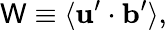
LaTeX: \mathsf{W}\equiv\langle{{\mathbf{{u}}}^{\prime}\cdot{\mathbf{{b}}}^{\prime}}\rangle,